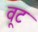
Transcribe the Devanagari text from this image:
वूट